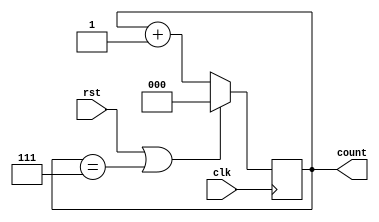
module UpCounter(
  
  input clk,
  input rst,
  output reg [2:0]count
  
);
    
  always@(posedge clk)
    	begin
		if((rst==1)|(count==7))
    			count<=0;
    		else
    			count<=count+1;
	end
    
endmodule